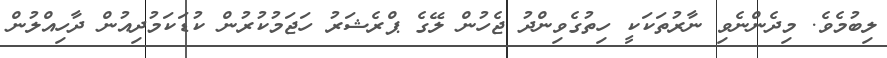
ލިބުމެވެ. މިދެންނެވި ނާރުތަކަކީ ހިތުގެވިންދު ޖެހުން ލޭގެ ޕްރެޝަރު ހަޖަމުކުރުން ކުޑަކަމުދިއުން ދާހިއްލުން